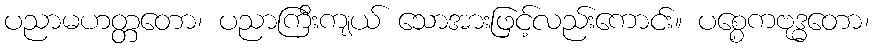
ပညာမဟတ္တတော၊ ပညာကြီးကျယ် သောအားဖြင့်လည်းကောင်း။ ပစ္စေကဗုဒ္ဓတော၊